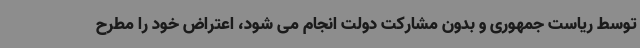
توسط ریاست جمهوری و بدون مشارکت دولت انجام می شود، اعتراض خود را مطرح